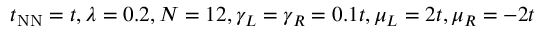
t _ { \mathrm { N N } } = t , \lambda = 0 . 2 , N = 1 2 , \gamma _ { L } = \gamma _ { R } = 0 . 1 t , \mu _ { L } = 2 t , \mu _ { R } = - 2 t